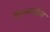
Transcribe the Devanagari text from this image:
कन्साईज